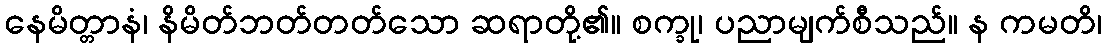
နေမိတ္တာနံ၊ နိမိတ်ဘတ်တတ်သော ဆရာတို့၏။ စက္ခု၊ ပညာမျက်စီသည်။ န ကမတိ၊